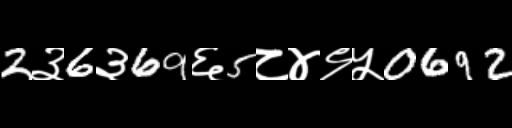
Text: 2३6३69६5८४९५0692